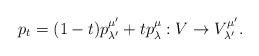
LaTeX: \begin{align*} p_t = (1-t)p_{\lambda'}^{\mu'} + tp_{\lambda}^{\mu}: V \rightarrow V_{\lambda'}^{\mu'}.\end{align*}